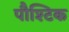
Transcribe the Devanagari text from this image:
पौश्टिक